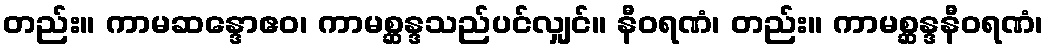
တည်း။ ကာမဆန္ဒောဧဝ၊ ကာမစ္ဆန္ဒသည်ပင်လျှင်။ နီဝရဏံ၊ တည်း။ ကာမစ္ဆန္ဒနီဝရဏံ၊